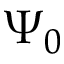
\Psi _ { 0 }